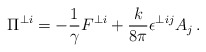
\begin{align*}\Pi^{\perp i}=-\frac{1}{\gamma} F^{\perp i} + \frac{k}{8\pi} \epsilon^{\perp ij}A_j\,.\end{align*}